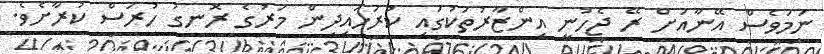
ނަމަވެސް އޭނާއަށް ރޭ ޖެހުނީ އިންޒާރުތަކުގައި ކުރަހައިދިން މަރުގެ ރޮނގު ހުރަސް ކުރާށެވެ.